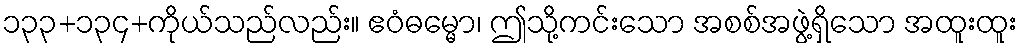
၁၃၃+၁၃၄+ကိုယ်သည်လည်း။ ဧဝံဓမ္မော၊ ဤသို့ကင်းသော အစစ်အဖွဲ့ရှိသော အထူးထူး